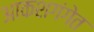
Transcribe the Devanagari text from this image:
आकशगंगेत